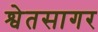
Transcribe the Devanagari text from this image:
श्वेतसागर